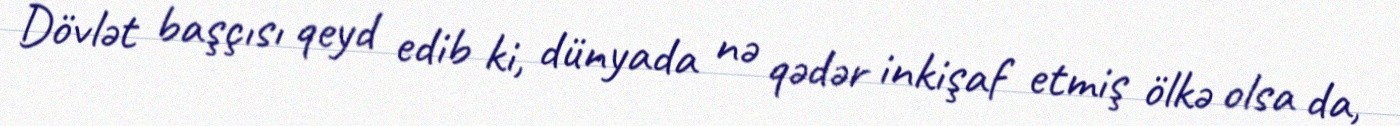
Dövlət başçısı qeyd edib ki, dünyada nə qədər inkişaf etmiş ölkə olsa da,